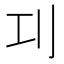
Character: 㓚